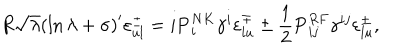
R \sqrt { \lambda } \left( \ln { \lambda } + \sigma \right) ^ { \prime } \varepsilon _ { u l } ^ { \pm } = i { \bf P } _ { i } ^ { N K } \gamma ^ { i } \varepsilon _ { l u } ^ { \mp } \pm { \frac { 1 } { 2 } } { \bf P } _ { i j } ^ { R F } \gamma ^ { i j } \varepsilon _ { l u } ^ { \pm } ,